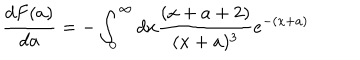
LaTeX: \frac { d F ( a ) } { d a } = - \int _ { 0 } ^ { \infty } d x \frac { ( x + a + 2 ) } { ( x + a ) ^ { 3 } } e ^ { - ( x + a ) }